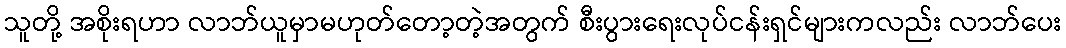
သူတို့ အစိုးရဟာ လာဘ်ယူမှာမဟုတ်တော့တဲ့အတွက် စီးပွားရေးလုပ်ငန်းရှင်များကလည်း လာဘ်ပေး